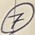
Text: 7